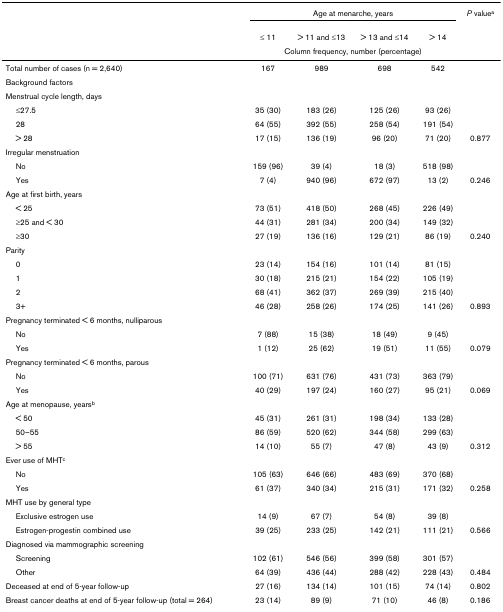
<table><thead><tr><td></td><td colspan="4"><b>Age at menarche, years</b></td><td><b><i>P </i>value<sup>a</sup></b></td></tr><tr><td></td><td><b>≤ 11</b></td><td><b>&gt; 11 and ≤13</b></td><td><b>&gt; 13 and ≤14</b></td><td><b>&gt; 14</b></td><td></td></tr><tr><td></td><td colspan="4"><b>Column frequency, number (percentage)</b></td><td></td></tr></thead><tbody><tr><td>Total number of cases (n = 2,640)</td><td>167</td><td>989</td><td>698</td><td>542</td><td></td></tr><tr><td>Background factors</td><td></td><td></td><td></td><td></td><td></td></tr><tr><td>Menstrual cycle length, days</td><td></td><td></td><td></td><td></td><td></td></tr><tr><td> ≤27.5</td><td>35 (30)</td><td>183 (26)</td><td>125 (26)</td><td>93 (26)</td><td></td></tr><tr><td> 28</td><td>64 (55)</td><td>392 (55)</td><td>258 (54)</td><td>191 (54)</td><td></td></tr><tr><td> &gt; 28</td><td>17 (15)</td><td>136 (19)</td><td>96 (20)</td><td>71 (20)</td><td>0.877</td></tr><tr><td>Irregular menstruation</td><td></td><td></td><td></td><td></td><td></td></tr><tr><td> No</td><td>159 (96)</td><td>39 (4)</td><td>18 (3)</td><td>518 (98)</td><td></td></tr><tr><td> Yes</td><td>7 (4)</td><td>940 (96)</td><td>672 (97)</td><td>13 (2)</td><td>0.246</td></tr><tr><td>Age at first birth, years</td><td></td><td></td><td></td><td></td><td></td></tr><tr><td> &lt; 25</td><td>73 (51)</td><td>418 (50)</td><td>268 (45)</td><td>226 (49)</td><td></td></tr><tr><td> ≥25 and &lt; 30</td><td>44 (31)</td><td>281 (34)</td><td>200 (34)</td><td>149 (32)</td><td></td></tr><tr><td> ≥30</td><td>27 (19)</td><td>136 (16)</td><td>129 (21)</td><td>86 (19)</td><td>0.240</td></tr><tr><td>Parity</td><td></td><td></td><td></td><td></td><td></td></tr><tr><td> 0</td><td>23 (14)</td><td>154 (16)</td><td>101 (14)</td><td>81 (15)</td><td></td></tr><tr><td> 1</td><td>30 (18)</td><td>215 (21)</td><td>154 (22)</td><td>105 (19)</td><td></td></tr><tr><td> 2</td><td>68 (41)</td><td>362 (37)</td><td>269 (39)</td><td>215 (40)</td><td></td></tr><tr><td> 3+</td><td>46 (28)</td><td>258 (26)</td><td>174 (25)</td><td>141 (26)</td><td>0.893</td></tr><tr><td>Pregnancy terminated &lt; 6 months, nulliparous</td><td></td><td></td><td></td><td></td><td></td></tr><tr><td> No</td><td>7 (88)</td><td>15 (38)</td><td>18 (49)</td><td>9 (45)</td><td></td></tr><tr><td> Yes</td><td>1 (12)</td><td>25 (62)</td><td>19 (51)</td><td>11 (55)</td><td>0.079</td></tr><tr><td>Pregnancy terminated &lt; 6 months, parous</td><td></td><td></td><td></td><td></td><td></td></tr><tr><td> No</td><td>100 (71)</td><td>631 (76)</td><td>431 (73)</td><td>363 (79)</td><td></td></tr><tr><td> Yes</td><td>40 (29)</td><td>197 (24)</td><td>160 (27)</td><td>95 (21)</td><td>0.069</td></tr><tr><td>Age at menopause, years<sup>b</sup></td><td></td><td></td><td></td><td></td><td></td></tr><tr><td> &lt; 50</td><td>45 (31)</td><td>261 (31)</td><td>198 (34)</td><td>133 (28)</td><td></td></tr><tr><td> 50–55</td><td>86 (59)</td><td>520 (62)</td><td>344 (58)</td><td>299 (63)</td><td></td></tr><tr><td> &gt; 55</td><td>14 (10)</td><td>55 (7)</td><td>47 (8)</td><td>43 (9)</td><td>0.312</td></tr><tr><td>Ever use of MHT<sup>c</sup></td><td></td><td></td><td></td><td></td><td></td></tr><tr><td> No</td><td>105 (63)</td><td>646 (66)</td><td>483 (69)</td><td>370 (68)</td><td></td></tr><tr><td> Yes</td><td>61 (37)</td><td>340 (34)</td><td>215 (31)</td><td>171 (32)</td><td>0.258</td></tr><tr><td>MHT use by general type</td><td></td><td></td><td></td><td></td><td></td></tr><tr><td> Exclusive estrogen use</td><td>14 (9)</td><td>67 (7)</td><td>54 (8)</td><td>39 (8)</td><td></td></tr><tr><td> Estrogen-progestin combined use</td><td>39 (25)</td><td>233 (25)</td><td>142 (21)</td><td>111 (21)</td><td>0.566</td></tr><tr><td>Diagnosed via mammographic screening</td><td></td><td></td><td></td><td></td><td></td></tr><tr><td> Screening</td><td>102 (61)</td><td>546 (56)</td><td>399 (58)</td><td>301 (57)</td><td></td></tr><tr><td> Other</td><td>64 (39)</td><td>436 (44)</td><td>288 (42)</td><td>228 (43)</td><td>0.484</td></tr><tr><td>Deceased at end of 5-year follow-up</td><td>27 (16)</td><td>134 (14)</td><td>101 (15)</td><td>74 (14)</td><td>0.802</td></tr><tr><td>Breast cancer deaths at end of 5-year follow-up (total = 264)</td><td>23 (14)</td><td>89 (9)</td><td>71 (10)</td><td>46 (8)</td><td>0.186</td></tr></tbody></table>